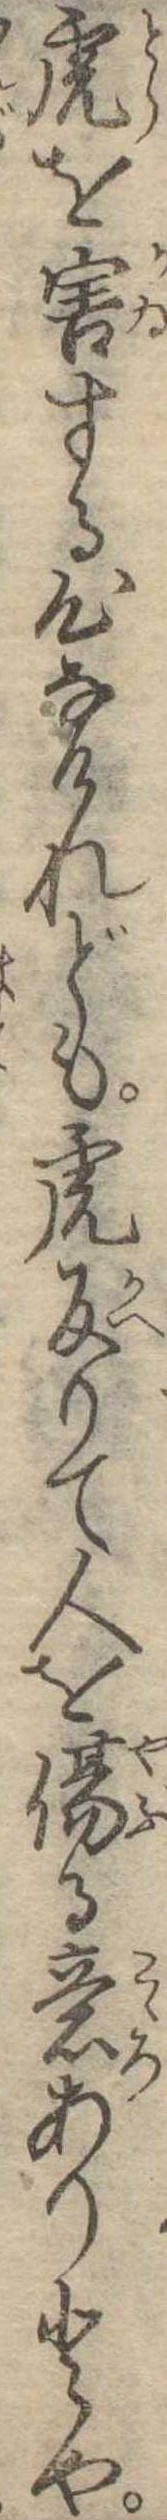
虎を害する心なけれども虎反りて人を傷る意ありとや